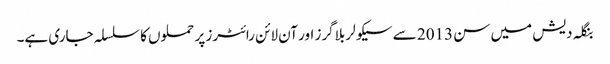
بنگلہ دیش میں سن 2013 سے سیکولر بلاگرز اور آن لائن رائٹرز پر حملوں کا سلسلہ جاری ہے۔